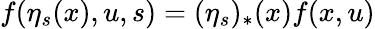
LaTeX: f(\eta_{s}(x),u,s)=(\eta_{s})_{*}(x)f(x,u)